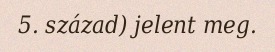
5. század) jelent meg.